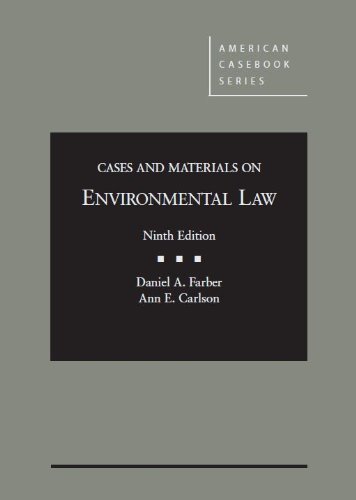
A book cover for Cases and Materials on Environmental Law (American Casebook Series); Daniel Farber; Law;